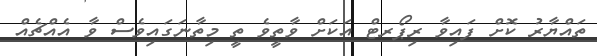
ތައްޔާރު ކޮށް ފައިވާ ރިޕޯރޓް އަކަށް ވާތީވެ ތީ މިތާނަގައިވެސް ވާ އެއްޗެއް